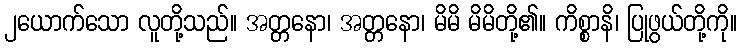
၂ယောက်သော လူတို့သည်။ အတ္တနော၊ အတ္တနော၊ မိမိ မိမိတို့၏။ ကိစ္စာနိ၊ ပြုဖွယ်တို့ကို။